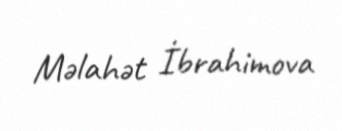
Məlahət İbrahimova